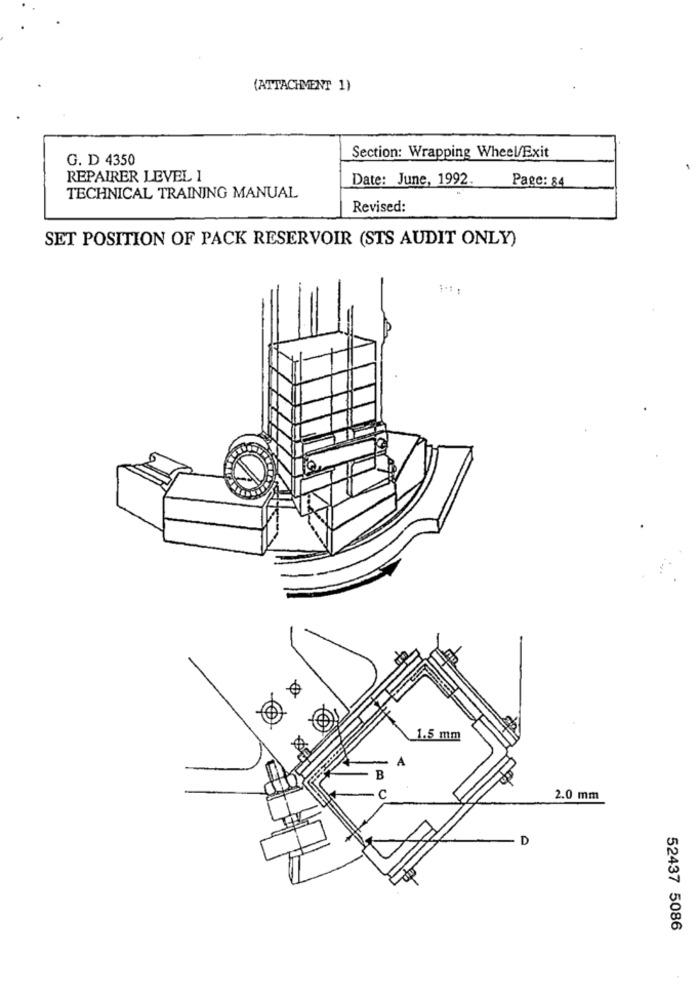
(ATTACHMENT 1)
G. D 4350
Section: Wrapping Wheel/Exit
REPAIRER LEVEL 1
Date: June, 1992.
Page: 84
TECHNICAL TRAINING MANUAL
Revised:
SET POSITION OF PACK RESERVOIR (STS AUDIT ONLY)
1.5 mm
B
2.0 mm
D
52437 5086